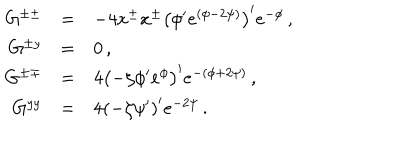
LaTeX: \begin{array} { r c l } { { G ^ { \pm \pm } } } & { { = } } & { { - 4 x ^ { \pm } x ^ { \pm } \left( \phi ^ { \prime } e ^ { ( \phi - 2 \psi ) } \right) ^ { \prime } e ^ { - \phi } \, , } } \\ { { G ^ { \pm y } } } & { { = } } & { { 0 \, , } } \\ { { G ^ { \pm \mp } } } & { { = } } & { { 4 \left( - \zeta \phi ^ { \prime } e ^ { \phi } \right) ^ { \prime } e ^ { - ( \phi + 2 \psi ) } \, , } } \\ { { G ^ { y y } } } & { { = } } & { { 4 \left( - \zeta \psi ^ { \prime } \right) ^ { \prime } e ^ { - 2 \psi } \, . } } \\ \end{array}